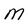
Character: M